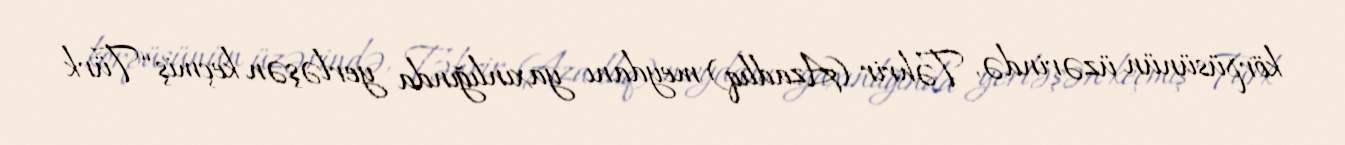
körpüsünün üzərində, Təhrir (Azadlıq) meydanı yaxınlığında yerləşən keçmiş “Türk